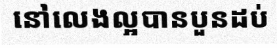
នៅលេងល្អបានបួនដប់